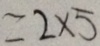
= 2 \times 5